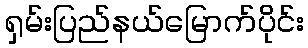
ရှမ်းပြည်နယ်မြောက်ပိုင်း